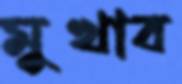
মুখাব